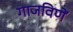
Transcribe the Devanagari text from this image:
गाजविणें